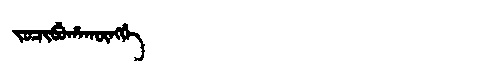
Manchu: ᠵᠣᠴᡳᠪᡠᡥᠠᡴᡡᠩᡤᡝ
Romanization: JOCIBUHAKŪNGGE